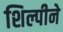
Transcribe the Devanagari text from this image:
शिल्पीने